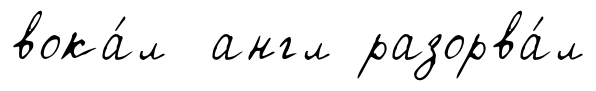
вока́л англ разорва́л